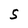
Character: S